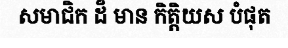
សមាជិក ដ៏ មាន កិត្តិយស បំផុត